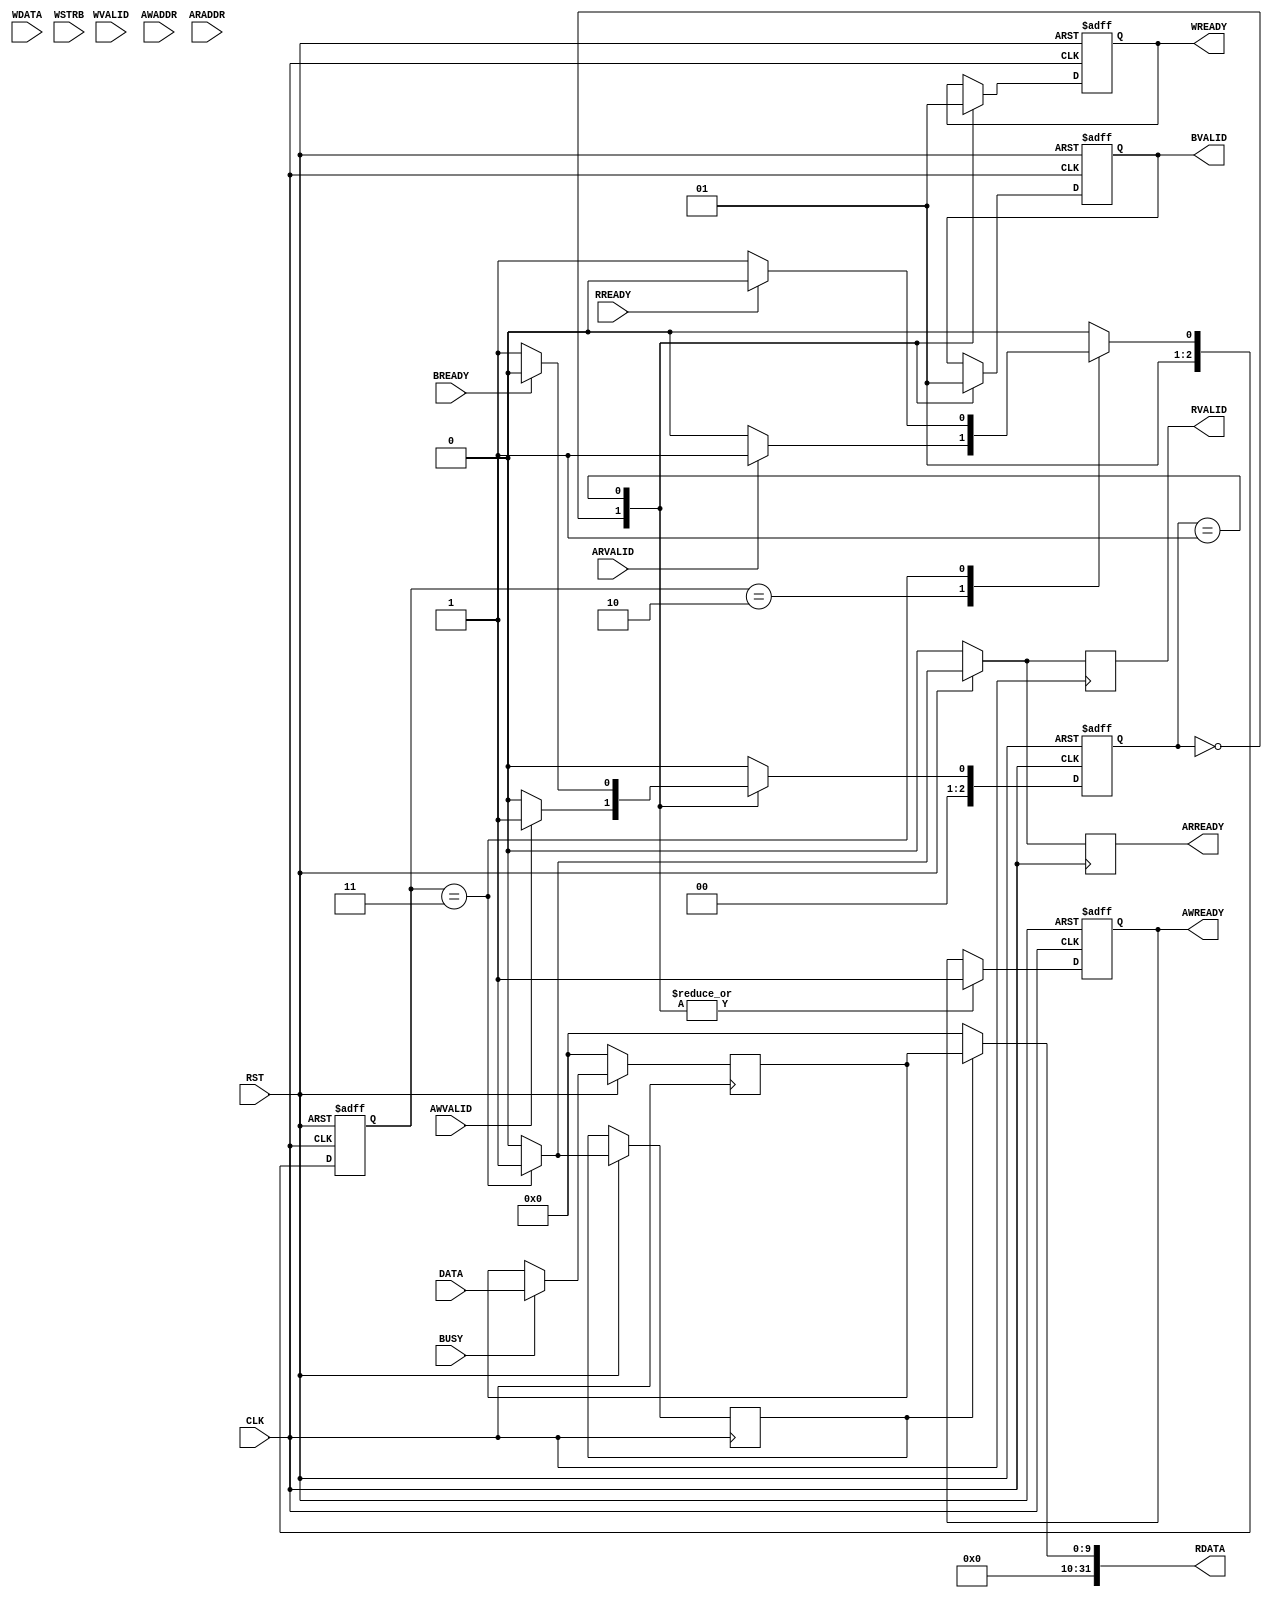
module ADC_interface_AXI (CLK,RST,AWVALID,WVALID,BREADY,AWADDR,WDATA,WSTRB,AWREADY,WREADY,BVALID,DATA,ARADDR,ARVALID,RREADY,ARREADY,RVALID,RDATA,BUSY);

//----general--input----
	input CLK,RST;
//----write--input----
	input AWVALID,WVALID, BREADY;
	input [31:0] AWADDR,WDATA;
	input [3:0] WSTRB;
//----write--output----
	output reg AWREADY, WREADY, BVALID;	
//----write--signals----		
	reg [2:0] state_write;
//----read--input----
	input [31:0] ARADDR;
	input ARVALID,RREADY,BUSY;
	input [9:0] DATA;
//----read--output----
	output reg ARREADY, RVALID;
	output wire [31:0] RDATA;
//----read--signals----
	reg [2:0] state_read;
	reg [9:0] latch_DATA;
	reg ena_rdata;

//----FSM--WRITE----

	parameter START_W = 3'b000, WAIT_BREADY = 3'b001, START_R = 3'b010, PROCESS = 3'b011;		

//----RESET--PARAMETERS----

	always @( posedge CLK or negedge RST)
	begin		
	if (RST == 1'b0) begin
		state_write = START_W;
	end
//----LOGIC----
	else
		begin
			case (state_write)
			START_W :if (AWVALID == 1'b1) 
				begin
					state_write = WAIT_BREADY;
				end
			else
				begin
					state_write = START_W;
				end
			WAIT_BREADY : if (BREADY == 1'b1)
				begin 
					state_write = START_W;
				end
			else
				begin
					state_write = WAIT_BREADY;
				end
			default : state_write = START_W;
			endcase
		end
	end
//----OUTPUTS--FSM--WRITE----
	always @(posedge CLK or negedge RST)
	begin		
		if (RST == 1'b0)
		begin
				AWREADY <= 0;
				WREADY <= 0;
				BVALID <= 0;
		end
	//----LOGIC----
		else
		begin	
			case (state_write)
				START_W :begin //----0
					AWREADY <= 1;
					WREADY <= 0;
					BVALID <= 0;
					end
				WAIT_BREADY  :begin //----1
					AWREADY <= 1;
					WREADY <= 1;
					BVALID <= 1;
					end				
			endcase
		end
	end

//----FSM--READ----


//----RESET--PARAMETERS----
	always @( posedge CLK or negedge RST)
	begin		
	if (~RST) begin
		state_read = START_R;
	end
//----LOGIC----
	else
		begin
			case (state_read)
			START_R :if (ARVALID == 1'b1) 
				begin
					state_read = PROCESS;
				end
			else
				begin
					state_read = START_R;
				end
			
			PROCESS : if (RREADY == 1'b1)
				begin 
					state_read = START_R;
				end
			else
				begin
					state_read = PROCESS;
				end
			
			default : state_read = START_R;
			endcase
		end
	end
//----OUTPUTS--FSM--READ----
	always @(posedge CLK)
	begin		
		if (RST == 1'b0)
		begin
			ARREADY <= 0;
			RVALID <= 0;
		end

//----LOGIC----
		else
		begin	
				case (state_read)
				START_R :begin
					ARREADY <= 0;
					RVALID <= 0;
					ena_rdata <= 0;
					end
				PROCESS :begin
					ARREADY <= 1;
					RVALID <= 1;
					ena_rdata <= 1;
					end
				default : begin
					ARREADY <= 0;
					RVALID <= 0;
					ena_rdata <= 0;			
					end
				endcase
		end
	end

//----FLIP--FLOPS--WRITE----
	always @( posedge CLK )
	begin
		if (~RST) begin
			latch_DATA <= 10'b0;
		end
		else begin
			if (BUSY)			
			begin
			latch_DATA <= DATA;
			end
			else begin
			latch_DATA <= latch_DATA;
			end
		end		
	end

assign RDATA = ena_rdata ? latch_DATA:10'b0;

endmodule